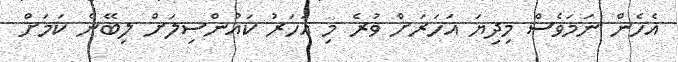
އެހެން ނަމަވެސް މިދިޔަ އަހަރަށް ވުރެ މި އަހަރު ކައުންސިލަށް ލިބޭނެ ކަމަށް